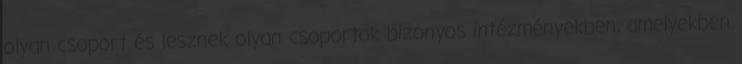
olyan csoport és lesznek olyan csoportok bizonyos intézményekben, amelyekben